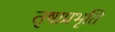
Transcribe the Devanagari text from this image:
तृषाप्रभृति